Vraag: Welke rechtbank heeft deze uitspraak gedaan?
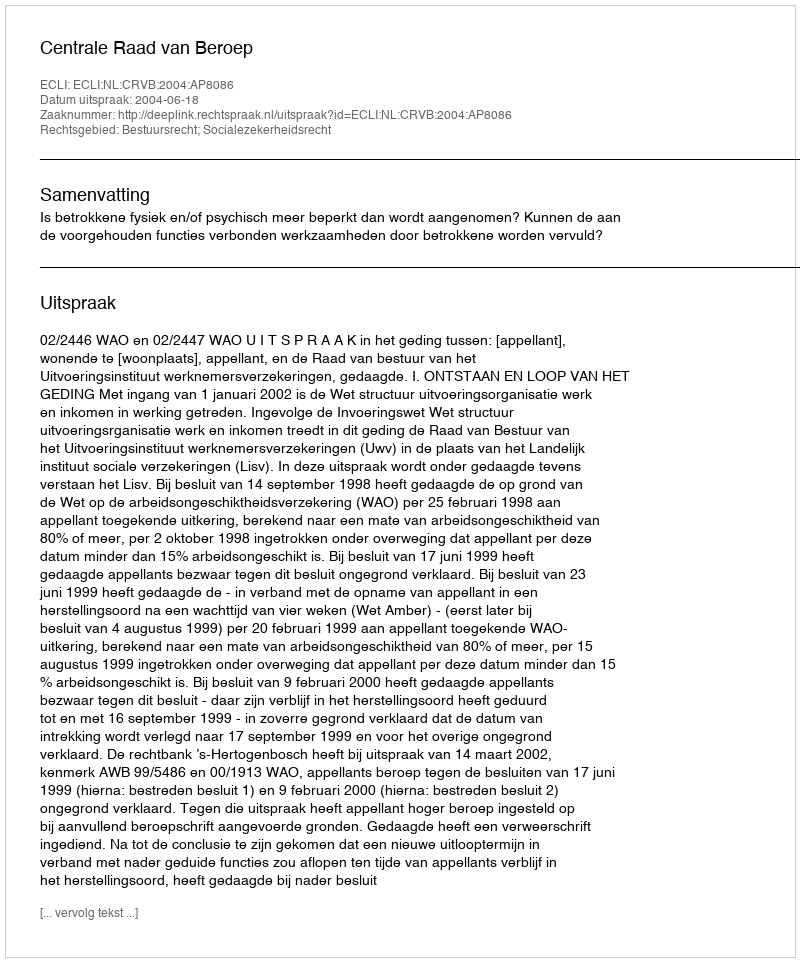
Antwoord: Centrale Raad van Beroep